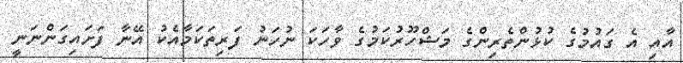
އާއި އެ ގައުމުގެ ކުޅުންތެރިންގެ މަޝްހޫރުކަމުގެ ވާހަކަ ނުހަނު ފަރިތަކަމާއެކު އޭނާ ފަށައިގަންނަނީ